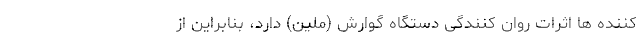
کننده‌ ها اثرات روان کنندگی دستگاه گوارش (ملین) دارد، بنابراین از